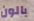
بالون